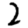
Digit: 2